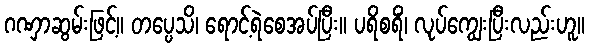
ဂဏှာဆွမ်းဖြင့်။ တပ္ပေသိ၊ ရောင့်ရဲစေအပ်ပြီး။ ပရိစရိံ၊ လုပ်ကျွေးပြီးလည်းဟူ။